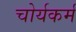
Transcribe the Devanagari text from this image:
चोर्यकर्म